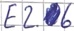
Text: E2.6